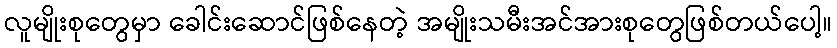
လူမျိုးစုတွေမှာ ခေါင်းဆောင်ဖြစ်နေတဲ့ အမျိုးသမီးအင်အားစုတွေဖြစ်တယ်ပေါ့။